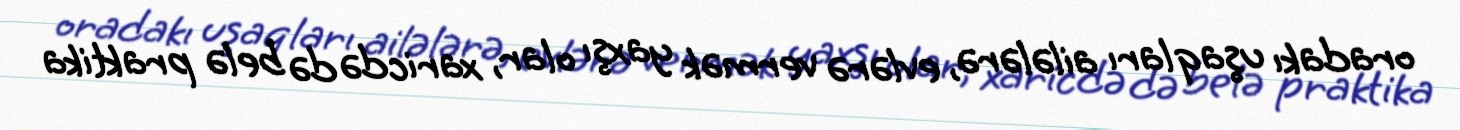
oradakı uşaqları ailələrə, evlərə vermək yaxşı olar, xaricdə də belə praktika